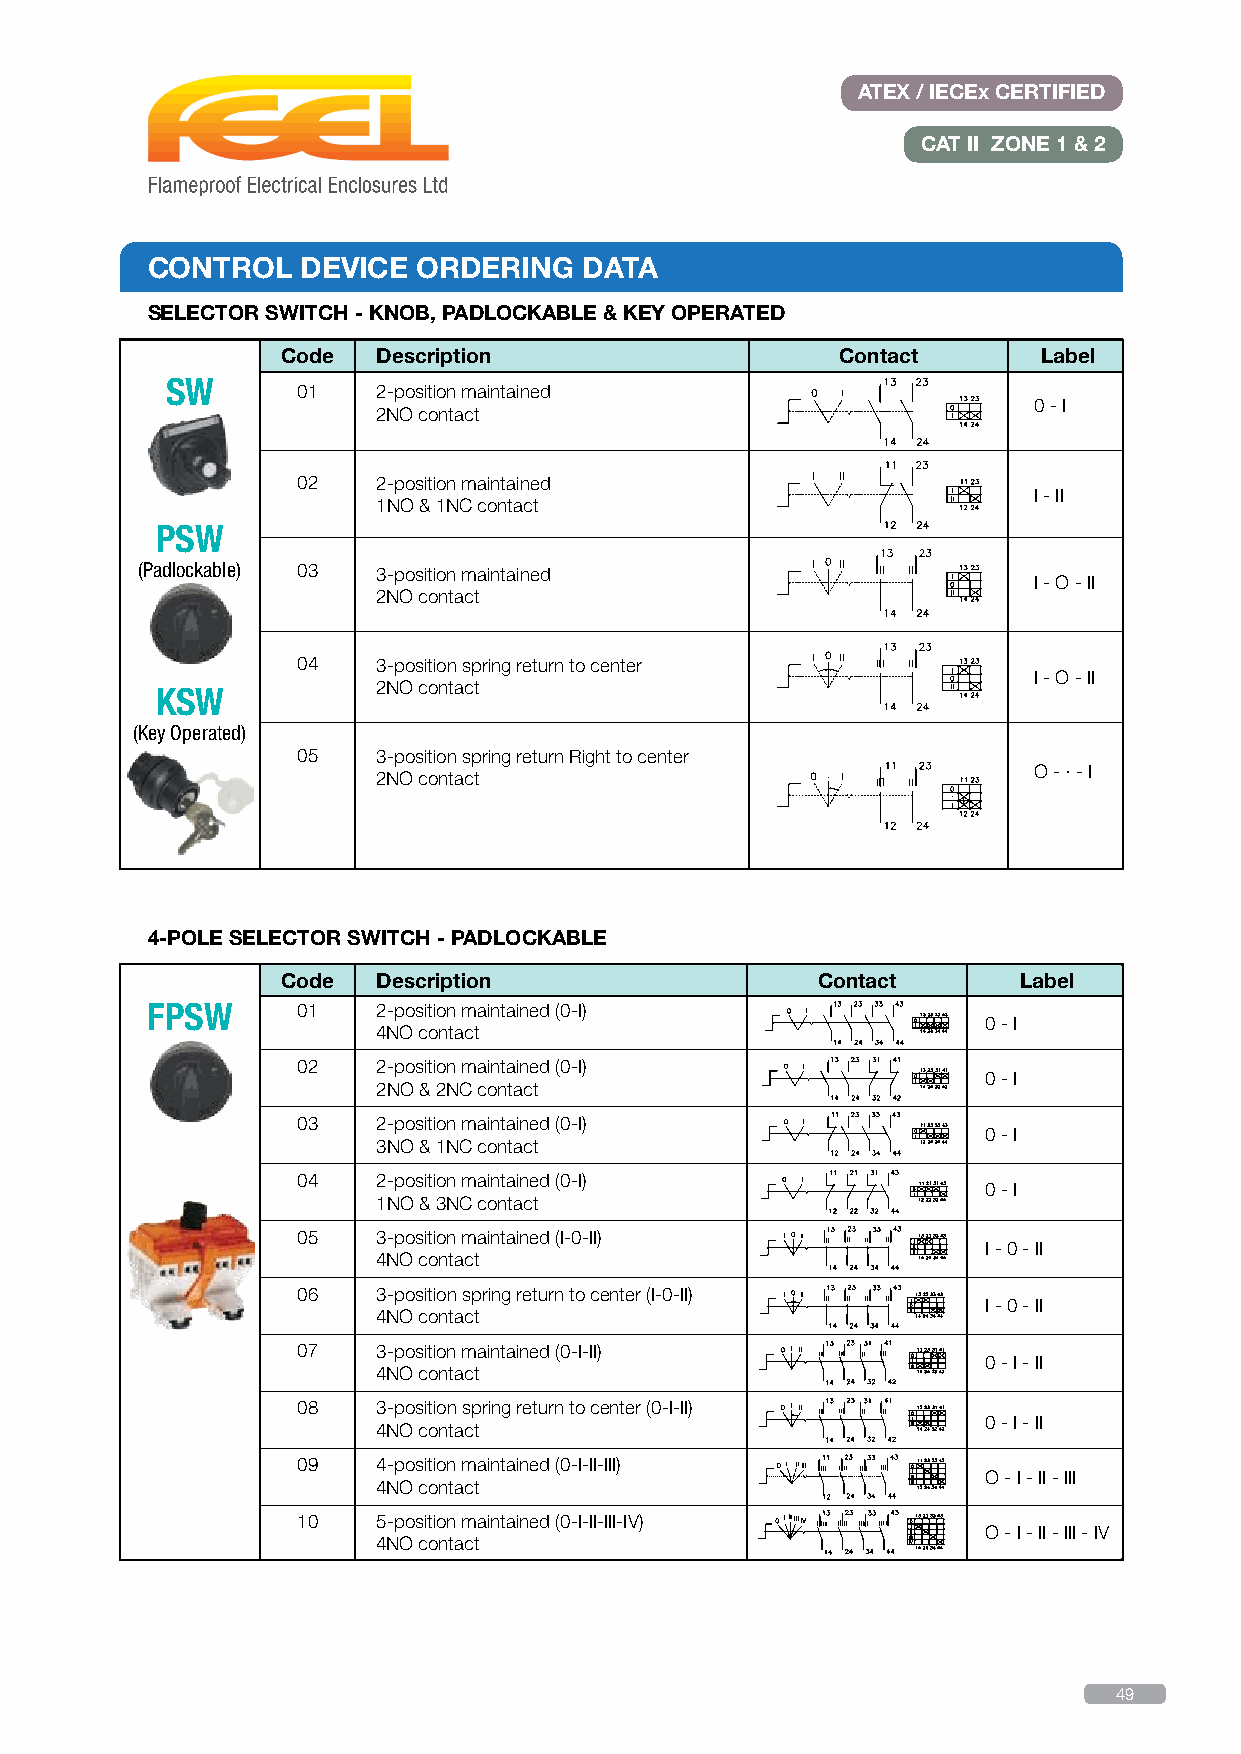
ATEX / IECEx CERTIFIED
 CAT II ZONE 1 & 2
 CONTROL   DEVICE  ORDERING   DATA
 SELECTOR SWITCH - KNOB, PADLOCKABLE & KEY OPERATED
 Code  Description                    Contact      Label
 SW
 01   2-position maintained
 0 - I
 2NO contact
 02   2-position maintained
 I - II
 1NO & 1NC contact
 PSW
 (Padlockable) 03 3-position maintained
 I - O - II
 2NO contact
 04   3-position spring return to center
 I - O - II
 2NO contact
 KSW
 (Key Operated)
 05   3-position spring return Right to center
 O - · - I
 2NO contact
 4-POLE SELECTOR SWITCH - PADLOCKABLE
 Code  Description                  Contact      Label
 FPSW      01   2-position maintained (0-I)
 0 - I
 4NO contact
 02   2-position maintained (0-I)
 0 - I
 2NO & 2NC contact
 03   2-position maintained (0-I)
 0 - I
 3NO & 1NC contact
 04   2-position maintained (0-I)
 0 - I
 1NO & 3NC contact
 05   3-position maintained (I-0-II)
 I - 0 - II
 4NO contact
 06   3-position spring return to center (I-0-II)
 I - 0 - II
 4NO contact
 07   3-position maintained (0-I-II)
 0 - I - II
 4NO contact
 08   3-position spring return to center (0-I-II)
 0 - I - II
 4NO contact
 09   4-position maintained (0-I-II-III)
 O - I - II - III
 4NO contact
 10   5-position maintained (0-I-II-III-IV)
 O - I - II - III - IV
 4NO contact
 49